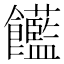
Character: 𩟺